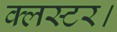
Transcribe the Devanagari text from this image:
क्लस्टर।